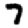
Digit: 7